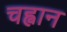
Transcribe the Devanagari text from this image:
चह्वान